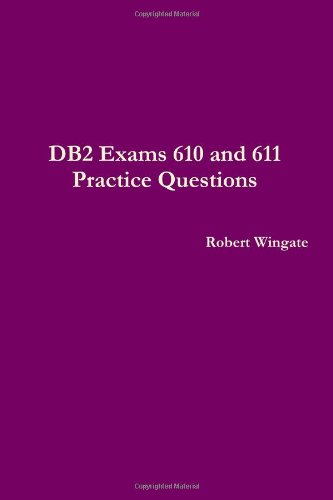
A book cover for DB2 Exams 610 And 611 Practice Questions; Robert Wingate; Computers & Technology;